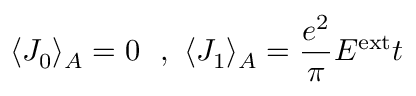
\langle J _ { 0 } \rangle _ { A } = 0 ~ ~ , ~ \langle J _ { 1 } \rangle _ { A } = \frac { e ^ { 2 } } { \pi } E ^ { \mathrm { e x t } } t